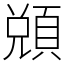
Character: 䫄